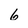
Character: 6